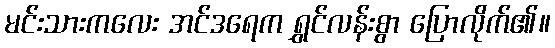
မင်းသားကလေး အင်ဒရေက ရွှင်လန်းစွာ ပြောလိုက်၏။